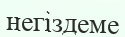
негіздеме